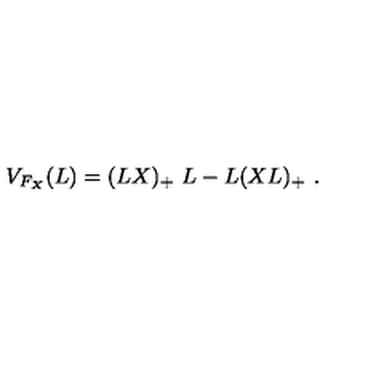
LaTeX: V _ { F _ { X } } ( L ) = ( L X ) _ { + } \ L - L ( X L ) _ { + } \ .